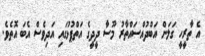
އެ ތާރީހީ ގަލަން އަބްދުއްސައްތާރު މޫސާ ދީދީގެ އަތްޕުޅުގައި އަދިވެސް އެބަ އޮތެވެ.